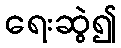
ရေးဆွဲ၍